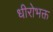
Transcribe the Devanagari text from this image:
धीरोभक्त